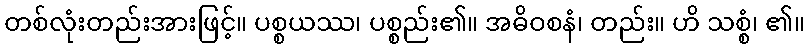
တစ်လုံးတည်းအားဖြင့်။ ပစ္စယဿ၊ ပစ္စည်း၏။ အဓိဝစနံ၊ တည်း။ ဟိ သစ္စံ၊ ၏။